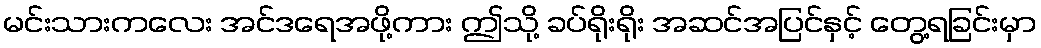
မင်းသားကလေး အင်ဒရေအဖို့ကား ဤသို့ ခပ်ရိုးရိုး အဆင်အပြင်နှင့် တွေ့ရခြင်းမှာ